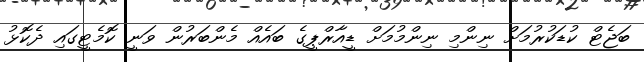
ބަޖެޓް ކުޑަކުރުމަށް ނިންމި ނިންމުމަށް ޑީއާރްޕީގެ ބައެއް މެންބަރުން ވަނީ ކޮމެޓީގައި ދެކޮޅު